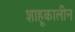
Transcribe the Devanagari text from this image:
शाहूकालीन